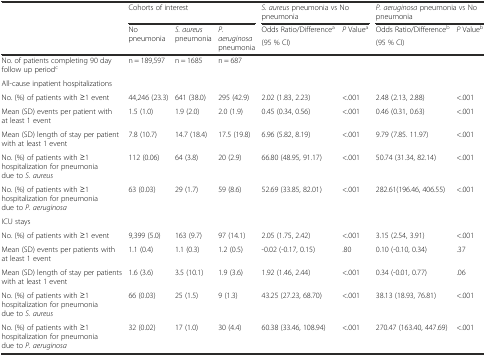
<table><thead><tr><td rowspan="3"></td><td colspan="3"><b>Cohorts of interest</b></td><td colspan="2"><b><i>S. aureus</i> pneumonia vs No pneumonia</b></td><td colspan="2"><b><i>P. aeruginosa</i> pneumonia vs No pneumonia</b></td></tr><tr><td rowspan="2"><b>No pneumonia</b></td><td rowspan="2"><b><i>S. aureus</i> pneumonia</b></td><td rowspan="2"><b><i>P. aeruginosa</i> pneumonia</b></td><td><b>Odds Ratio/Difference<sup>a</sup></b></td><td rowspan="2"><b><i>P</i> Value<sup>a</sup></b></td><td><b>Odds Ratio/Difference<sup>b</sup></b></td><td rowspan="2"><b><i>P</i> Value<sup>b</sup></b></td></tr><tr><td><b>(95 % CI)</b></td><td><b>(95 % CI)</b></td></tr></thead><tbody><tr><td>No. of patients completing 90 day follow up period<sup>c</sup></td><td>n = 189,597</td><td>n = 1685</td><td>n = 687</td><td></td><td></td><td></td><td></td></tr><tr><td>All-cause inpatient hospitalizations</td><td></td><td></td><td></td><td></td><td></td><td></td><td></td></tr><tr><td>No. (%) of patients with ≥1 event</td><td>44,246 (23.3)</td><td>641 (38.0)</td><td>295 (42.9)</td><td>2.02 (1.83, 2.23)</td><td>&lt;.001</td><td>2.48 (2.13, 2.88)</td><td>&lt;.001</td></tr><tr><td>Mean (SD) events per patient with at least 1 event</td><td>1.5 (1.0)</td><td>1.9 (2.0)</td><td>2.0 (1.9)</td><td>0.45 (0.34, 0.56)</td><td>&lt;.001</td><td>0.46 (0.31, 0.63)</td><td>&lt;.001</td></tr><tr><td>Mean (SD) length of stay per patient with at least 1 event</td><td>7.8 (10.7)</td><td>14.7 (18.4)</td><td>17.5 (19.8)</td><td>6.96 (5.82, 8.19)</td><td>&lt;.001</td><td>9.79 (7.85. 11.97)</td><td>&lt;.001</td></tr><tr><td>No. (%) of patients with ≥1 hospitalization for pneumonia due to <i>S. aureus</i></td><td>112 (0.06)</td><td>64 (3.8)</td><td>20 (2.9)</td><td>66.80 (48.95, 91.17)</td><td>&lt;.001</td><td>50.74 (31.34, 82.14)</td><td>&lt;.001</td></tr><tr><td>No. (%) of patients with ≥1 hospitalization for pneumonia due to <i>P. aeruginosa</i></td><td>63 (0.03)</td><td>29 (1.7)</td><td>59 (8.6)</td><td>52.69 (33.85, 82.01)</td><td>&lt;.001</td><td>282.61(196.46, 406.55)</td><td>&lt;.001</td></tr><tr><td>ICU stays</td><td></td><td></td><td></td><td></td><td></td><td></td><td></td></tr><tr><td>No. (%) of patients with ≥1 event</td><td>9,399 (5.0)</td><td>163 (9.7)</td><td>97 (14.1)</td><td>2.05 (1.75, 2.42)</td><td>&lt;.001</td><td>3.15 (2.54, 3.91)</td><td>&lt;.001</td></tr><tr><td>Mean (SD) events per patients with at least 1 event</td><td>1.1 (0.4)</td><td>1.1 (0.3)</td><td>1.2 (0.5)</td><td>-0.02 (-0.17, 0.15)</td><td>.80</td><td>0.10 (-0.10, 0.34)</td><td>.37</td></tr><tr><td>Mean (SD) length of stay per patients with at least 1 event</td><td>1.6 (3.6)</td><td>3.5 (10.1)</td><td>1.9 (3.6)</td><td>1.92 (1.46, 2.44)</td><td>&lt;.001</td><td>0.34 (-0.01, 0.77)</td><td>.06</td></tr><tr><td>No. (%) of patients with ≥1 hospitalization for pneumonia due to <i>S. aureus</i></td><td>66 (0.03)</td><td>25 (1.5)</td><td>9 (1.3)</td><td>43.25 (27.23, 68.70)</td><td>&lt;.001</td><td>38.13 (18.93, 76.81)</td><td>&lt;.001</td></tr><tr><td>No. (%) of patients with ≥1 hospitalization for pneumonia due to <i>P. aeruginosa</i></td><td>32 (0.02)</td><td>17 (1.0)</td><td>30 (4.4)</td><td>60.38 (33.46, 108.94)</td><td>&lt;.001</td><td>270.47 (163.40, 447.69)</td><td>&lt;.001</td></tr></tbody></table>